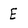
Character: E